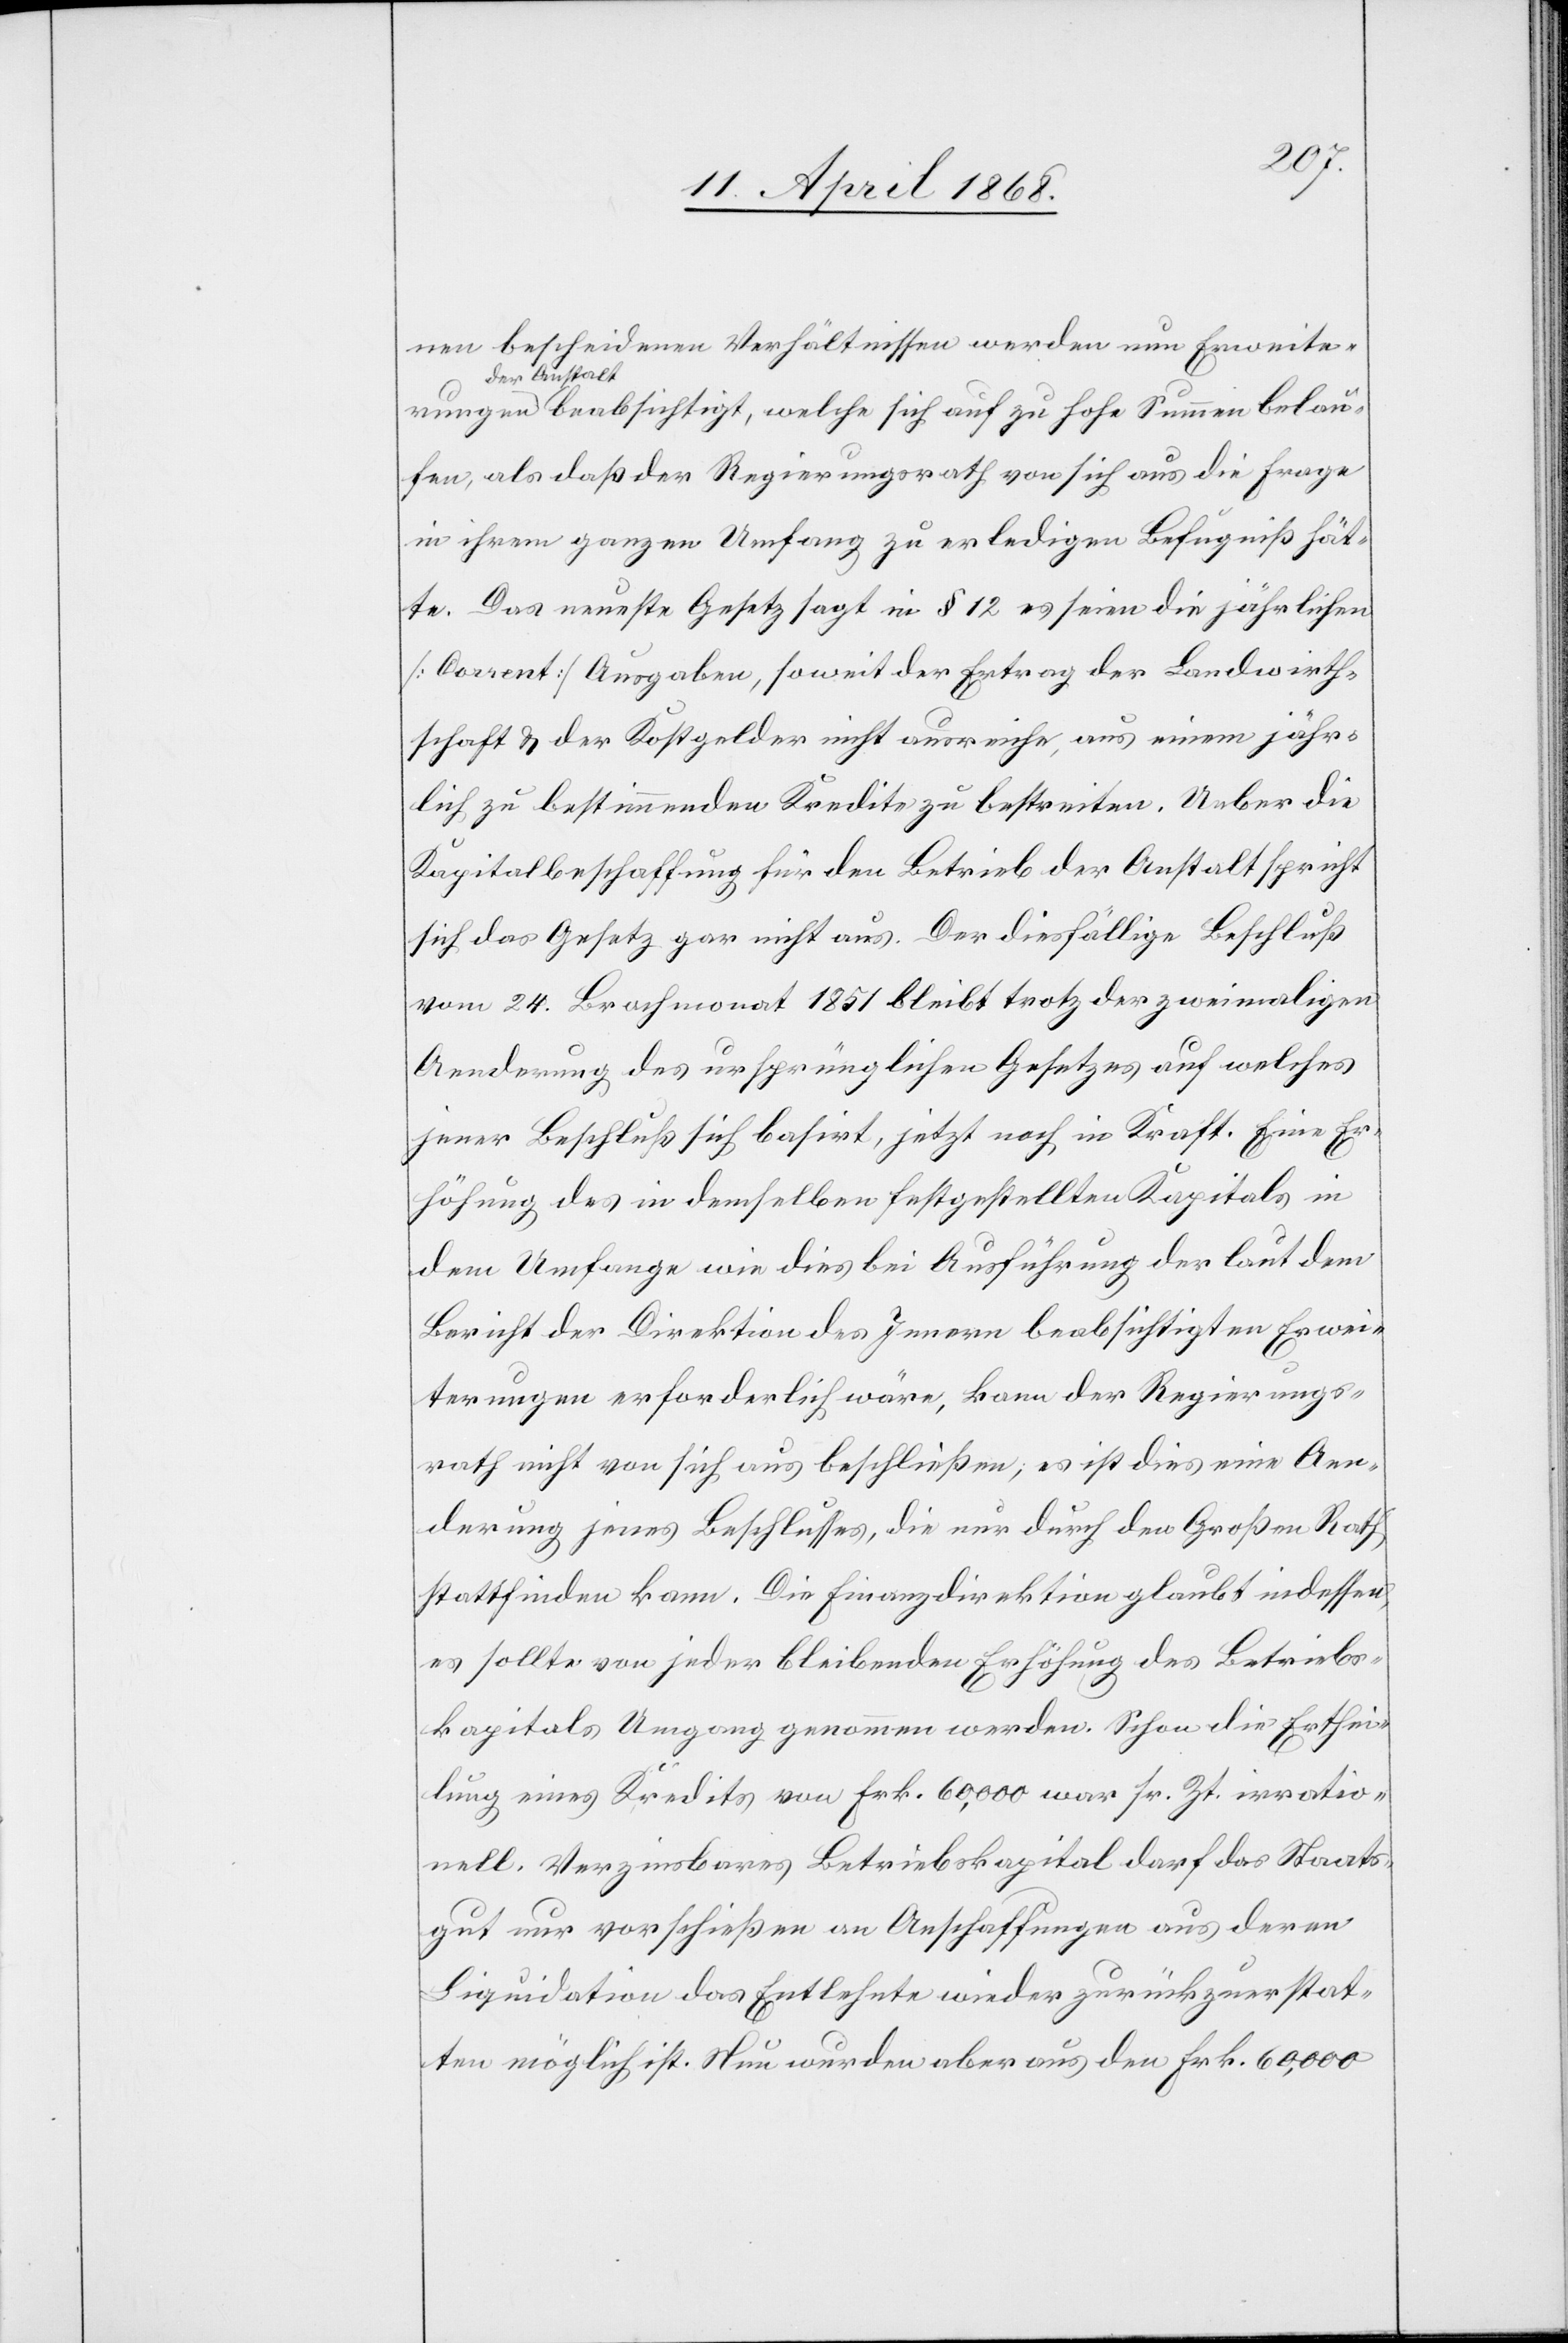
belau¬
nen bescheidenen Verhältnissen werden nun Erweiter¬
der Anstalt
fen, als daß der Regierungsrath von sich aus die Frage
in ihrem ganzen Umfang zu erledigen Befugniß hät¬
te. Das neueste Gesetz sagt in § 12 es seien die jährlichen
[Corrent] Ausgaben, soweit der Ertrag der Landwirth¬
schaft & der Kostgelder nicht ausreiche, aus einem jähr¬
lich zu bestimmenden Kredite zu bestreiten. Ueber die
Kapitalbeschaffung für den Betrieb der Anstalt spricht
sich das Gesetz gar nicht aus. Der diesfällige Beschluß
vom 24. Brachmonat 1851 bleibt trotz der zweimaligen
Aenderung des ursprünglichen Gesetzes auf welches
jener Beschluß sich basirt, jetzt noch in Kraft. Eine Er¬
höhung des in demselben festgestellten Kapitals in
dem Umfange wie dies bei Ausführung der laut dem
Bericht der Direktion des Innern beabsichtigten Erwei¬
terungen erforderlich wäre, kann der Regierungs¬
rath nicht von sich aus beschließen; es ist dies eine Aen¬
derung jenes Beschlusses, die nur durch den Großen Rath
stattfinden kann. Die Finanzdirektion glaubt indessen,
es sollte von jeder bleibenden Erhöhung des Betriebs¬
kapitals Umgang genommen werden. Schon die Erthei¬
lung eines Kredits von Frk. 60,000 war sr. Zt. irratio¬
nell. Verzinsbares Betriebskapital darf das Staats¬
gut nur vorschießen an Anschaffungen aus deren
Liquidation das Entlehnte wieder zurückzuerstat¬
ten möglich ist. Nun wurden aber aus den Frk. 60,000